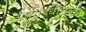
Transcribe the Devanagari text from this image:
अल्पावधीसाठी